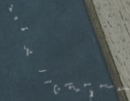
صالحة للحلويات الشرقية وا